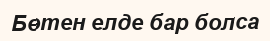
Бөтен елде бар болса